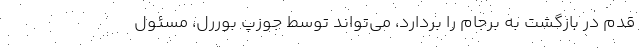
قدم در بازگشت به برجام را بردارد، می‌تواند توسط جوزپ بوررل، مسئول